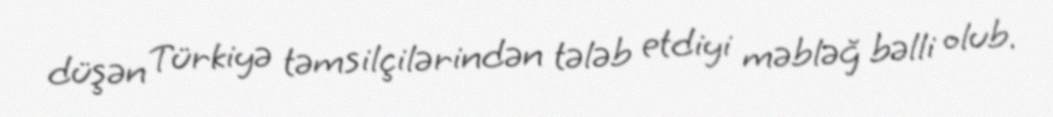
düşən Türkiyə təmsilçilərindən tələb etdiyi məbləğ bəlli olub.